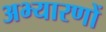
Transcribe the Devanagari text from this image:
अभ्यारणों